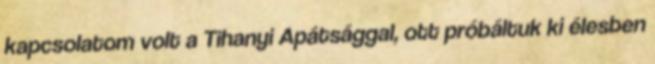
kapcsolatom volt a Tihanyi Apátsággal, ott próbáltuk ki élesben